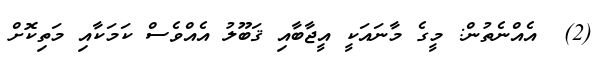
(2)  އެއްނެތުން: މީގެ މާނައަކީ އީޖާބާއި ޤަބޫލު އެއްވެސް ކަމަކާއި މަތިކޮށް